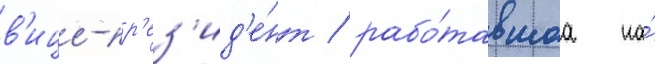
в'ице-пр'ез'ид'е́нт / рабо́тавшаа на́